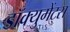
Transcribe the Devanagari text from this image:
डॉक्युमेंट्‌स